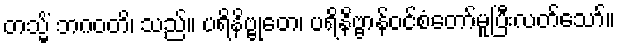
တသ္မိံ ဘဂဝတိ၊ သည်။ ပရိနိဗ္ဗုတေ၊ ပရိနိဗ္ဗာန်ဝင်စံတော်မူပြီးလတ်သော်။